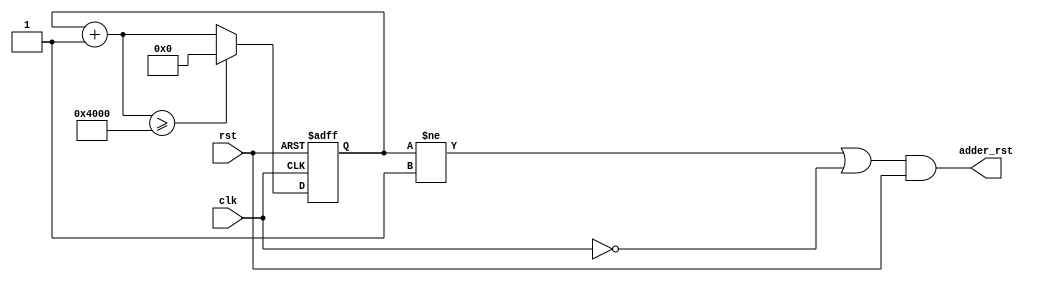
`timescale 1ns/10ps
module rst_counter(adder_rst,rst,clk);

input rst,clk;

output adder_rst;

reg[14:0] count;

assign adder_rst=((count!=1'b1)||!clk)&&rst;

always@(posedge clk or negedge rst)
begin
  if(!rst)
    count=1'b0;
  else
  begin
    count=count+1'b1;
	 if(count>=15'd16384)
      count=1'b0;
  end
end

endmodule